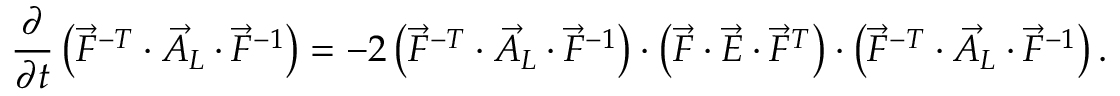
\frac { \partial } { \partial t } \left( \vec { F } ^ { - T } \cdot \vec { A } _ { L } \cdot \vec { F } ^ { - 1 } \right) = - 2 \left( \vec { F } ^ { - T } \cdot \vec { A } _ { L } \cdot \vec { F } ^ { - 1 } \right) \cdot \left( \vec { F } \cdot \vec { E } \cdot \vec { F } ^ { T } \right) \cdot \left( \vec { F } ^ { - T } \cdot \vec { A } _ { L } \cdot \vec { F } ^ { - 1 } \right) .